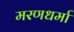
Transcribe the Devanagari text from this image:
मरणधर्मा